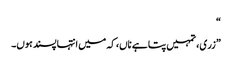
“
”زری، تمہیں پتا ہے ناں، کہ میں انتہا پسند ہوں۔